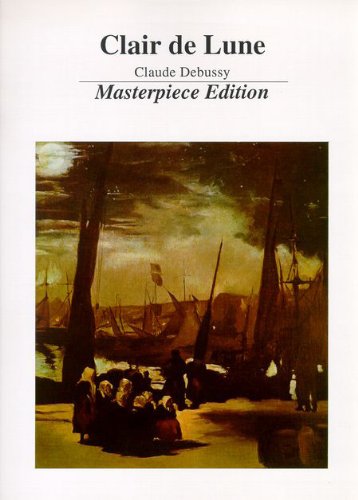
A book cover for Clair De Lune * Masterpiece Edition; DEBUSSY; Humor & Entertainment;